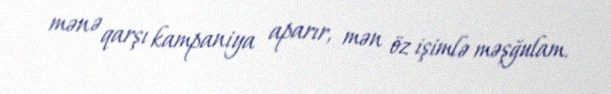
mənə qarşı kampaniya aparır, mən öz işimlə məşğulam.